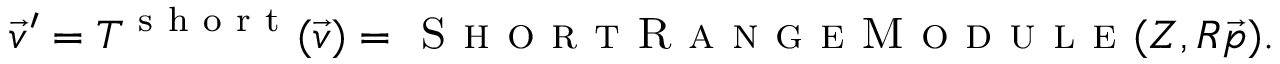
\vec { v } ^ { \prime } = T ^ { \mathrm { ~ s ~ h ~ o ~ r ~ t ~ } } ( \vec { v } ) = \textsc { S h o r t R a n g e M o d u l e } ( Z , R \Vec { p } ) .